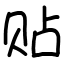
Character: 贴